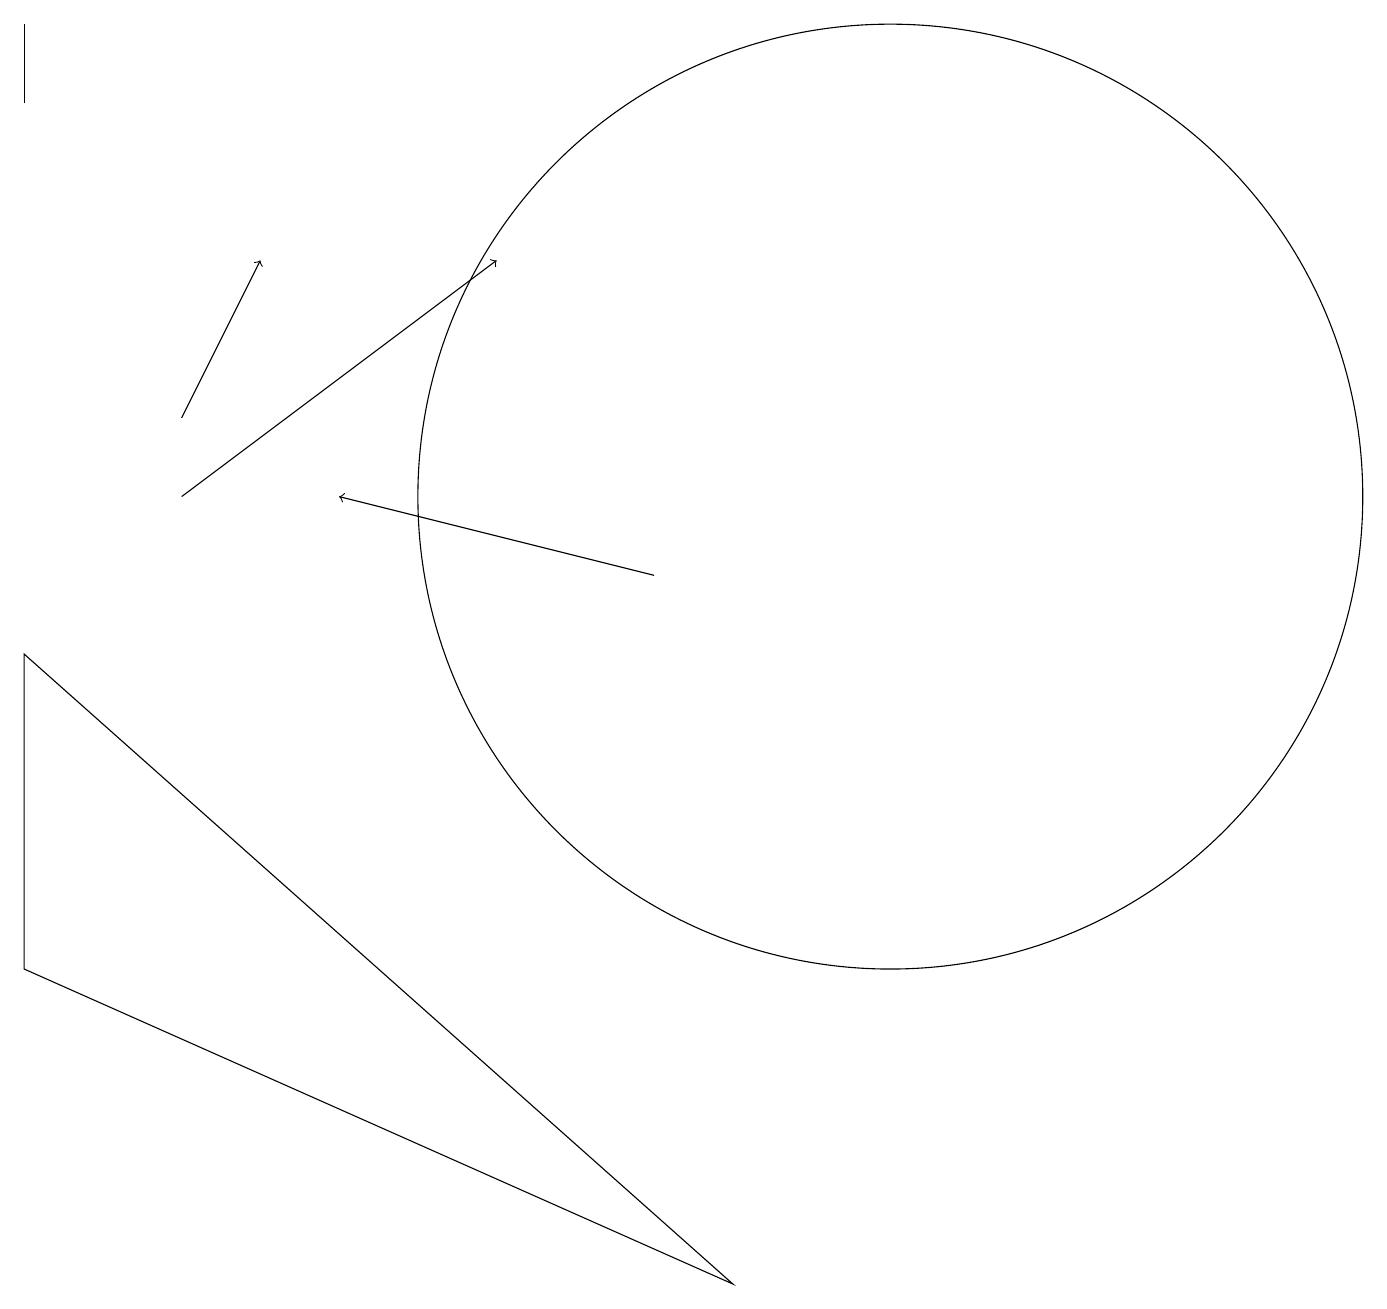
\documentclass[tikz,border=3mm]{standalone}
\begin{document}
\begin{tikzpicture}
\draw[->] (2,12) -- (3,14);
\draw (11,11) circle (6);
\draw[->] (8,10) -- (4,11);
\draw[->] (2,11) -- (6,14);
\draw (0,17) rectangle (0,16);
\draw (0,5) -- (0,9) -- (9,1) -- cycle;
\draw (12,10) circle (0);
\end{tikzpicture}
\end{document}